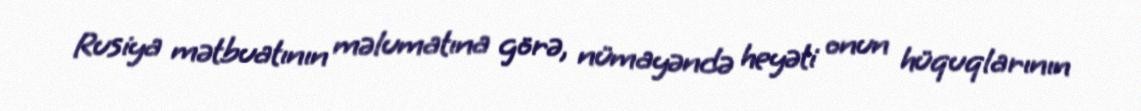
Rusiya mətbuatının məlumatına görə, nümayəndə heyəti onun hüquqlarının